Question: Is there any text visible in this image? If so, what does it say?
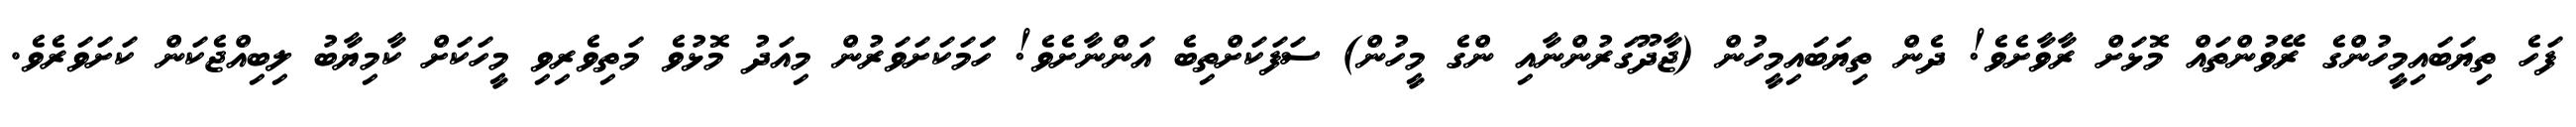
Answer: ފަހެ ތިޔަބައިމީހުންގެ ރޭވުންތައް މޮޅަށް ރާވާށެވެ! ދެން ތިޔަބައިމީހުން (ޖާދޫގަރުންނާއި ންގެ މީހުން) ސަފަކަށްތިބެ އަންނާށެވެ! ހަަމަކަށަވަރުން މިއަދު މޮޅުވެ މަތިވެރިވި މީހަކަށް ކާމިޔާބު ލިބިއްޖެކަން ކަށަވަރެވެ.